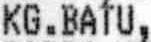
KG.BATU,